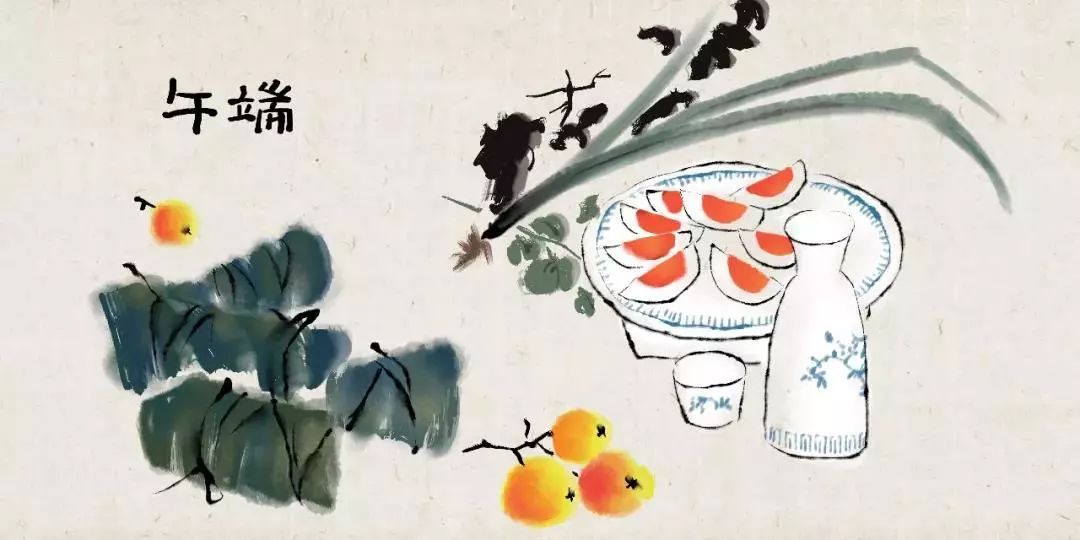
碧艾香蒲处处忙。谁家儿共女，庆端阳。